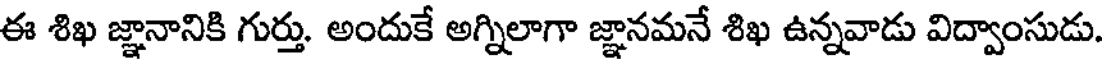
ఈ శిఖ జ్ఞానానికి గుర్తు. అందుకే అగ్నిలాగా జ్ఞానమనే శిఖ ఉన్నవాడు విద్వాంసుడు.